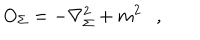
O _ { \Sigma } = - \nabla _ { \Sigma } ^ { 2 } + m ^ { 2 } ,